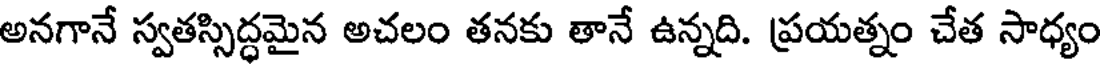
అనగానే స్వతస్సిద్ధమైన అచలం తనకు తానే ఉన్నది. ప్రయత్నం చేత సాధ్యం